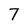
Character: 7